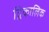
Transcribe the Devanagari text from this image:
द्विकालिक